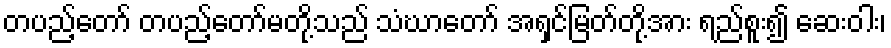
တပည့်တော် တပည့်တော်မတို့သည် သံဃာတော် အရှင်မြတ်တို့အား ရည်စူး၍ ဆေးဝါး၊